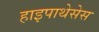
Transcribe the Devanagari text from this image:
हाइपाथेसेस